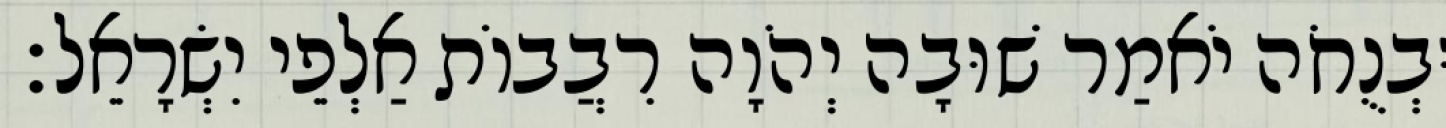
וּבְנֻחֹה יֹאמַר שׁוּבָה יְהֹוָה רִבֲבוֹת אַלְפֵי יִשְׂרָאֵל׃